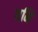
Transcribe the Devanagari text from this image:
यमि